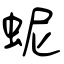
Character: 蚭